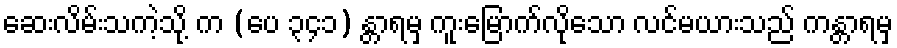
ဆေးလိမ်းသကဲ့သို့ က (ပေ ၃၄၁) န္တာရမှ ကူးမြောက်လိုသော လင်မယားသည် ကန္တာရမှ